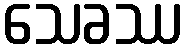
သေခဿ